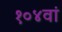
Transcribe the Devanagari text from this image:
१०४वां